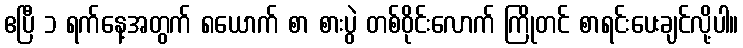
ဧပြီ ၁ ရက်နေ့အတွက် ၈ယောက် စာ စားပွဲ တစ်ဝိုင်းလောက် ကြိုတင် စာရင်းပေးချင်လို့ပါ။